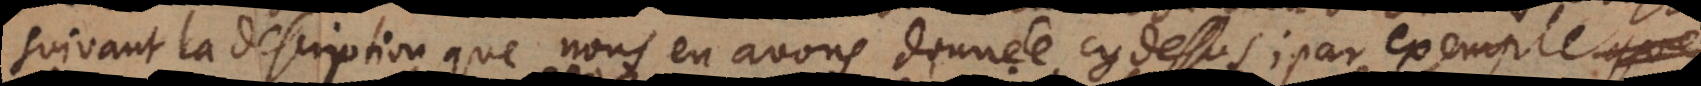
suivant la description que nous en avons donnée cy-dessus, par exemple si